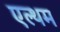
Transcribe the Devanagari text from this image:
एल्थम